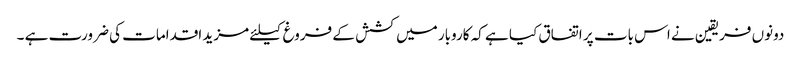
دونوں فریقین نے اس بات پر اتفاق کیا ہے کہ کاروبار میں کشش کے فروغ کیلئے مزید اقدامات کی ضرورت ہے ۔